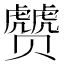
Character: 𰷮